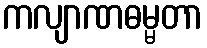
ကလျာဏဓမ္မတာ